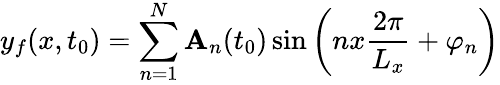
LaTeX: y_{f}(x,t_{0})=\sum_{n=1}^{N}\mathbf{A}_{n}(t_{0})\sin\left(nx\frac{{2\pi}}{{L_{x}}}+\varphi_{n}\right)